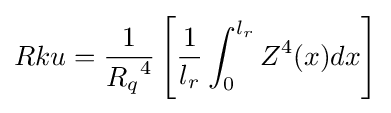
Rku={\frac {1}{{R_{q}}^{4}}}\left[{\frac {1}{l_{r}}}\int _{0}^{l_{r}}Z^{4}(x)dx\right]